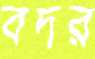
বদর